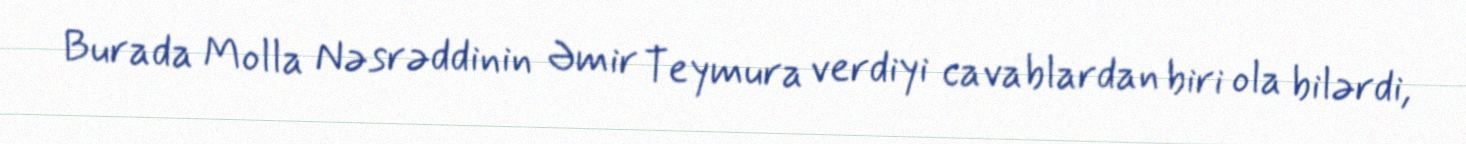
Burada Molla Nəsrəddinin Əmir Teymura verdiyi cavablardan biri ola bilərdi,